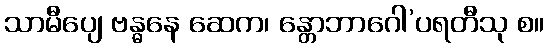
သာမီပျေ ဗန္ဓနေ ဆေက၊ န္တောဘာဂေါ’ပရတီသု စ။